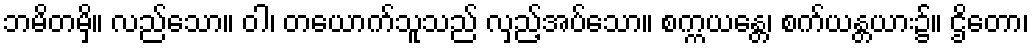
ဘမိတမှိ။ လည်သော။ ဝါ၊ တယောက်သူသည် လှည့်အပ်သော။ စက္ကယန္တေ၊ စက်ယန္တယား၌။ ဌိတော၊